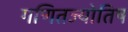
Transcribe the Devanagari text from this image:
गणितज्योतिष